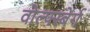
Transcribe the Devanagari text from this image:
वोल्फ्स्बेर्ग